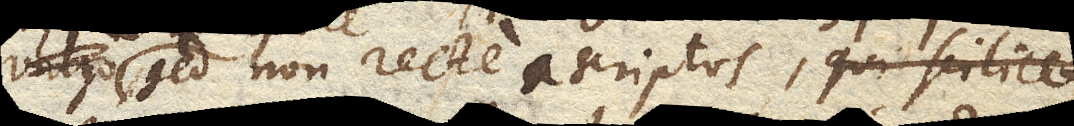
vulgo sed non recte ascriptos, qui scilicet